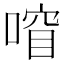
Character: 𫫍